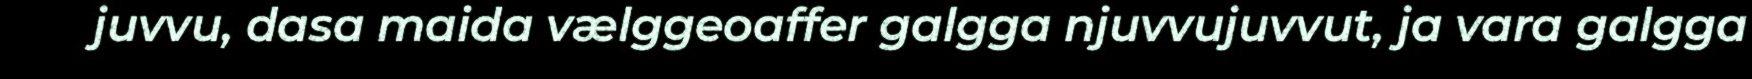
juvvu, dasa maida vælggeoaffer galgga njuvvujuvvut, ja vara galgga